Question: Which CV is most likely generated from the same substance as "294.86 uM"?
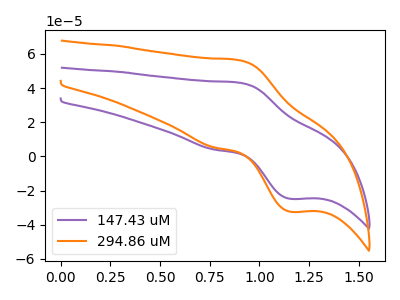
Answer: <think>The purple curve "147.43 uM" has an anodic peak at (0.90V, 43.15uA) and a cathodic peak at (1.15V, -24.80uA). The orange curve "294.86 uM" has an anodic peak at (0.90V, 56.35uA) and a cathodic peak at (1.15V, -32.40uA).
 All the peaks in "147.43 uM" have a peak in "294.86 uM" at the same potential. Every peak in "147.43 uM" is lower than every peak in "294.86 uM".</think>
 <answer>The CV with the most similar shape to "147.43 uM" is "294.86 uM".</answer>
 <eval>"294.86 uM"</eval>